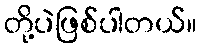
တို့ပဲဖြစ်ပါတယ်။